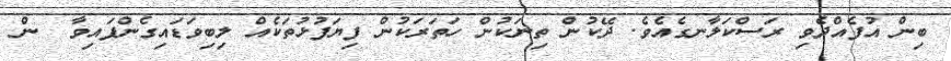
ބިން އުފެއްދެވި ރަސްކަލާނގެއެވެ. ދޭކުން ތިނަކުން ހަތަރަކުން ފިޔަފުޅުތަކެއް ލިބިވަޑައިގެންފައިވާ  ން